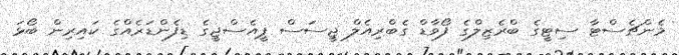
މެންޗެސްޓާ ސިޓީގެ ބްރެޒިލްގެ ފޯވާޑް ގެބްރިއެލް ޖީސަސް ޕީއެސްޖީގެ ޑިފެންޑަރެއްގެ ކައިރިން ބޯޅަ